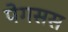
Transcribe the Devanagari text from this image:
पेगसस